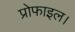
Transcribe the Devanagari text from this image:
प्रोफाइल।